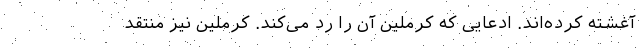
آغشته کرده‌اند. ادعایی که کرملین آن را رد می‌کند. کرملین نیز منتقد